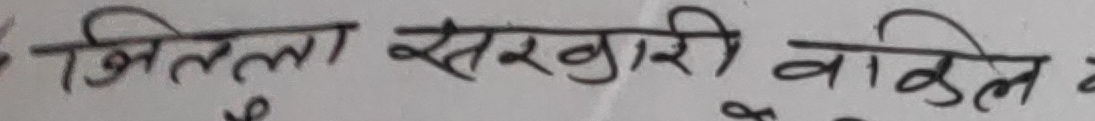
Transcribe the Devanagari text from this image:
जिल्ला सरकारी वकिल